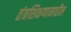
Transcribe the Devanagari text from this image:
तंत्रशिक्षणामधील